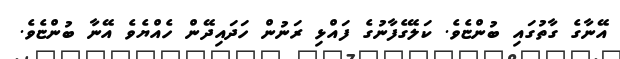
އޭނާގެ ގާތުގައި ބުންޏެވެ. ކަލޭގެފާނުގެ ފައްޅި ރަނުން ހަދައިދޭން ހެއްޔެވެ އޭނާ ބުންޏެވެ.